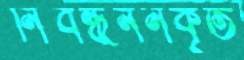
নিবন্ধননকৃত